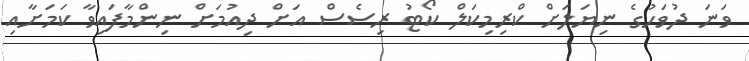
ވަނަ ދުވަހުގެ ނިޔަލަށް ކްރިމިކަލް ކޯޓު ރިސެސް އަށް ދިއުމަށް ނިންމާފައިވާ ކަމަށާއި